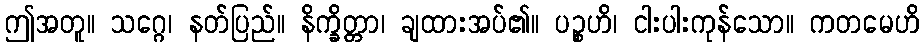
ဤအတူ။ သဂ္ဂေ၊ နတ်ပြည်။ နိက္ခိတ္တာ၊ ချထားအပ်၏။ ပဉ္စဟိ၊ ငါးပါးကုန်သော။ ကတမေဟိ